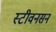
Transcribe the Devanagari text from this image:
स्टीवनसन